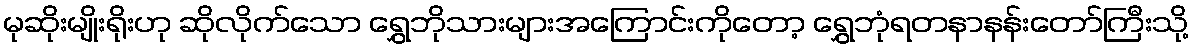
မုဆိုးမျိုးရိုးဟု ဆိုလိုက်သော ရွှေဘိုသားများအကြောင်းကိုတော့ ရွှေဘုံရတနာနန်းတော်ကြီးသို့